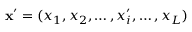
\mathbf { x } ^ { \prime } = ( x _ { 1 } , x _ { 2 } , \dots , x _ { i } ^ { \prime } , \dots , x _ { L } )